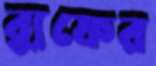
ব্যুফের